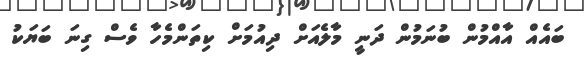
ބައެއް އާއްމުން ބުނަމުން ދަނީ މާލެއަށް ދިއުމަށް ކިތަންމެހާ ވެސް ގިނަ ބަޔަކު